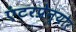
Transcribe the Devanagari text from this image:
एंटरप्रेन्योर